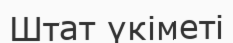
Штат үкіметі